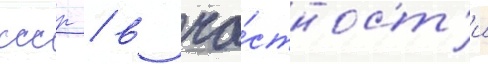
ссср / в ча́стност'и